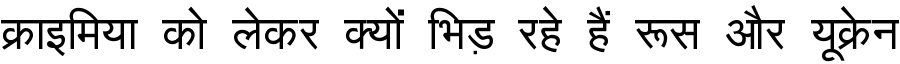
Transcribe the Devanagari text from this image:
क्राइमिया को लेकर क्यों भिड़ रहे हैं रूस और यूक्रेन